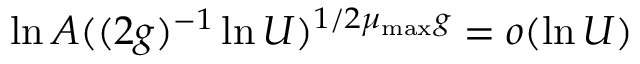
\ln A ( ( 2 g ) ^ { - 1 } \ln U ) ^ { 1 / 2 \mu _ { \mathrm { m a x } } g } = o ( \ln U )